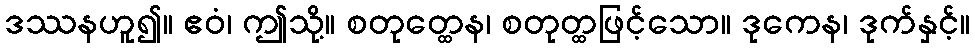
ဒဿနဟူ၍။ ဧဝံ၊ ဤသို့။ စတုတ္ထေန၊ စတုတ္ထဖြင့်သော။ ဒုကေန၊ ဒုက်နှင့်။